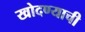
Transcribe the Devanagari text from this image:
खोदण्याची